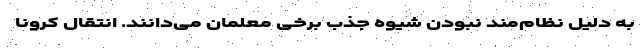
به دلیل نظام‌مند نبودن شیوه جذب برخی معلمان می‌دانند. انتقال کرونا